Leaving Certificate Examination (including Day School Certificate (Higher) General paper), 1937
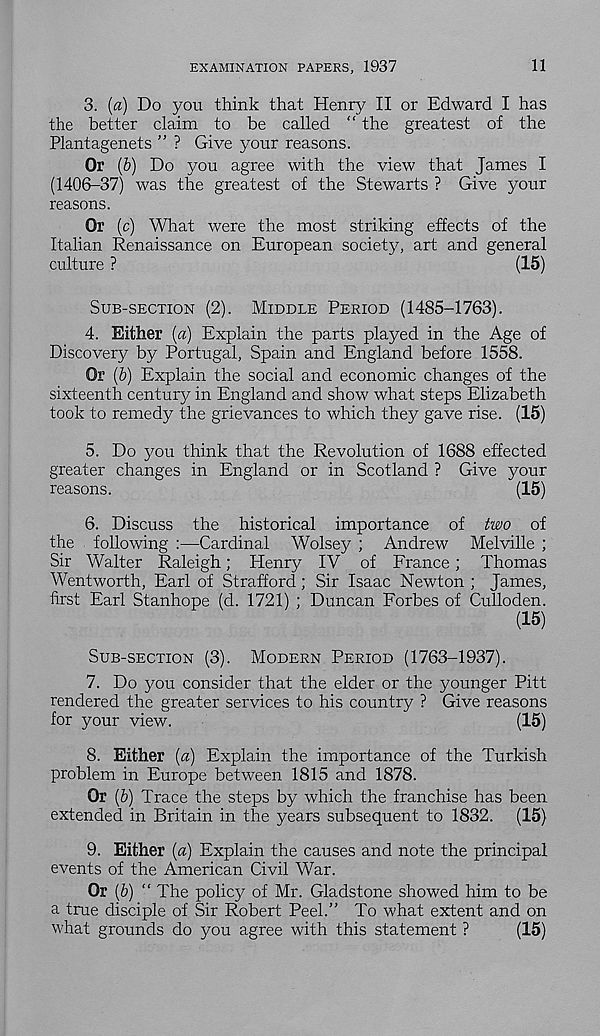
EXAMINATION PAPERS, 1937
11
3. [a) Do you think that Henry II or Edward I has
the better claim to be called “ the greatest of the
Plantagenets ” ? Give your reasons.
Or (6) Do you agree with the view that James I
(1406-37) was the greatest of the Stewarts ? Give your
reasons.
Or (c) What were the most striking effects of the
Italian Renaissance on European society, art and general
culture ?
(15)
SUB-SECTION (2). MIDDLE PERIOD (1485-1763).
4. Either (a) Explain the parts played in the Age of
Discovery by Portugal, Spain and England before 1558.
Or (6) Explain the social and economic changes of the
sixteenth century in England and show what steps Elizabeth
took to remedy the grievances to which they gave rise. (15)
5. Do you think that the Revolution of 1688 effected
greater changes in England or in Scotland ? Give your
reasons.
(15)
6. Discuss the historical importance of two of
the following :—Cardinal Wolsey ; Andrew Melville ;
Sir Walter Raleigh; Henry IV of France; Thomas
Wentworth, Earl of Strafford; Sir Isaac Newton ; James,
first Earl Stanhope (d. 1721) ; Duncan Forbes of Culloden.
(15)
SUB-SECTION (3). MODERN PERIOD (1763-1937).
7. Do you consider that the elder or the younger Pitt
rendered the greater services to his country ? Give reasons
for your view.
(15)
8. Either {a) Explain the importance of the Turkish
problem in Europe between 1815 and 1878.
Or (&) Trace the steps by which the franchise has been
extended in Britain in the years subsequent to 1832. (15)
9. Either (a) Explain the causes and note the principal
events of the American Civil War.
Or (b) “ The policy of Mr. Gladstone showed him to be
a true disciple of Sir Robert Peel.” To what extent and on
what grounds do you agree with this statement ?
(15)